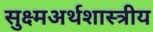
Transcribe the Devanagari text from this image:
सुक्ष्मअर्थशास्त्रीय